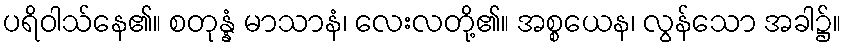
ပရိဝါသ်နေ၏။ စတုန္နံ မာသာနံ၊ လေးလတို့၏။ အစ္စယေန၊ လွန်သော အခါ၌။